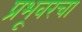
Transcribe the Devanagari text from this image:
प्रभूवरचा